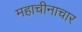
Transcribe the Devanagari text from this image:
महाचीनाचार